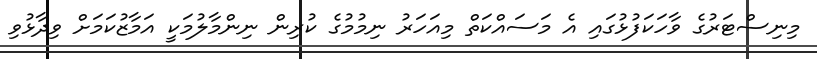
މިނިސްޓަރުގެ ވާހަކަފުޅުގައި އެ މަސައްކަތް މިއަހަަރު ނިމުމުގެ ކުރިން ނިންމާލުމަކީ އަމާޒުކަމަށް ވިދާޅުވި